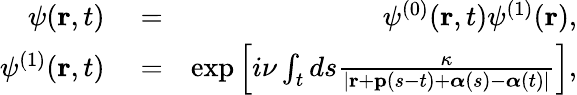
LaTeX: \begin{array}{rlr}{\psi(\mathbf{r},t)}&{{}=}&{\psi^{(0)}(\mathbf{r},t)\psi^{(1)}(\mathbf{r}),}\\ {\psi^{(1)}(\mathbf{r},t)}&{{}=}&{\exp\left[i\nu\int_{t}ds\frac{\kappa}{|\mathbf{r}+\mathbf{p}(s-t)+\boldsymbol{\alpha}(s)-\boldsymbol{\alpha}(t)|}\right],}\end{array}